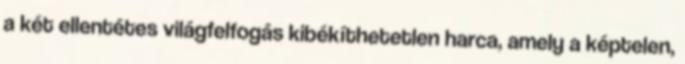
a két ellentétes világfelfogás kibé­kít­hetetlen harca, amely a képtelen,